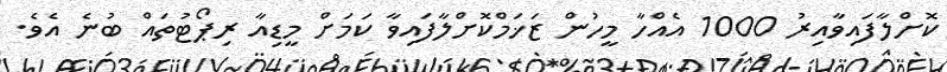
ކޮށްލާފައިވާއިރު 1000 އެއްހާ މީހުން ޒަޚަމްކޮށްލާފައިވާ ކަމަށް މީޑިއާ ރިޕޯޓުތައް ބުނެ އެވެ.